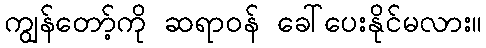
ကျွန်တော့်ကို ဆရာဝန် ခေါ်ပေးနိုင်မလား။